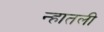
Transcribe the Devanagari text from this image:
न्हातली